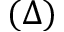
( \Delta )